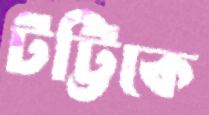
টট্টিকে